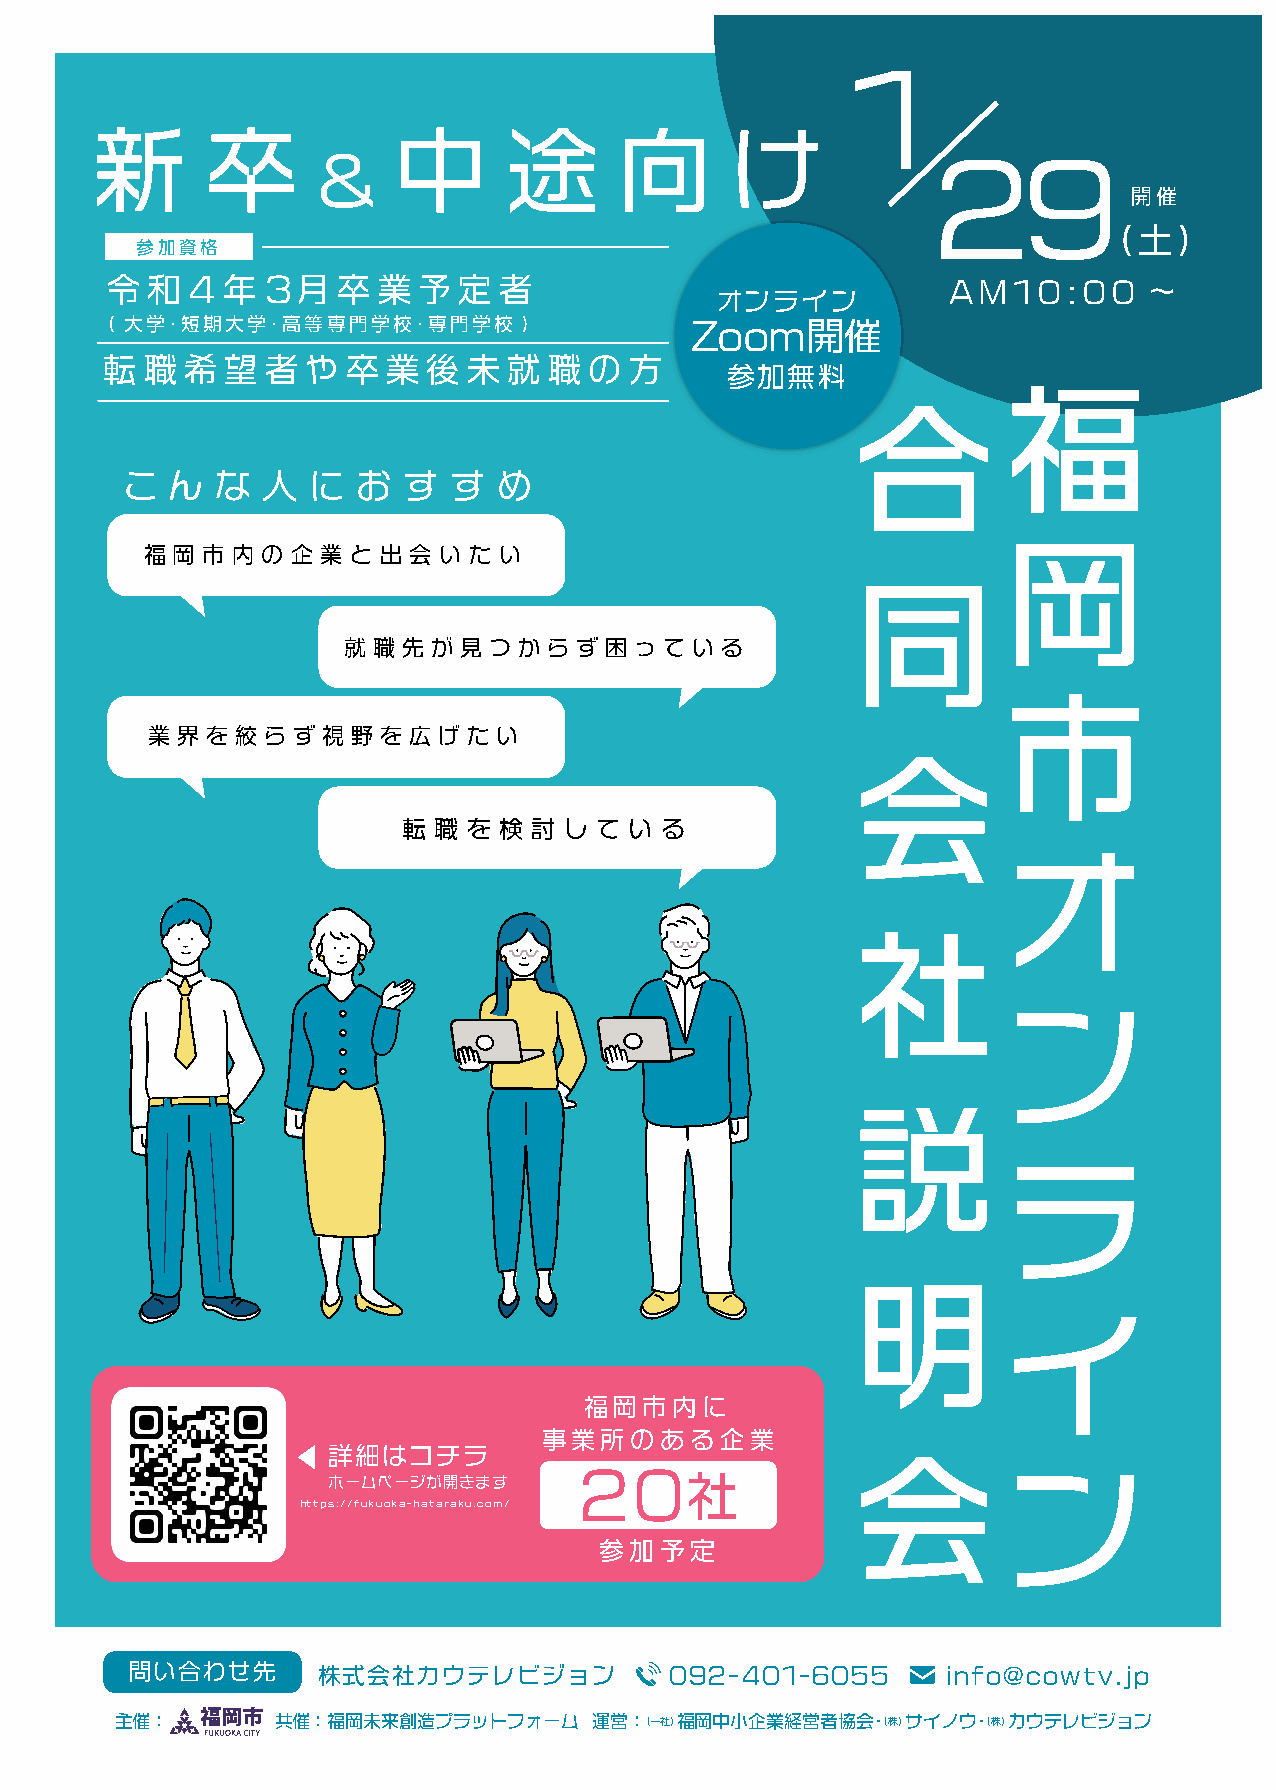
1
 新       卒           中       途      向      け
 ＆
 29
 開催
 (土)
 参加資格
 令  和 4  年3   月 卒  業  予 定  者                             A M 1 0 : 0 0 〜
 オンライン
 ( 大学･短期大学･高等専門学校･専門学校       )          Zoom開催
 転  職 希  望  者 や  卒  業 後  未  就 職  の  方
 参加無料               福
 合
 こ  ん  な  人  に   お  す  す  め
 岡
 福 岡 市 内 の 企 業 と 出 会 い た い
 同
 就 職 先 が 見 つ か ら ず 困 っ て い る
 市
 業 界 を 絞 ら ず 視 野 を 広 げ た い
 会
 転 職 を 検 討 し て  い る
 オ
 社
 ン
 説
 ラ
 明
 イ
 福岡市内に
 事業所のある企業
 会
 詳細はコチラ                                       ン
 ホームページが開きます     20社
 https://fukuoka-hataraku.com/
 参加予定
 問い合わせ先      株式会社カウテレビジョン           092-401-6055       info@cowtv.jp
 主催：       共催：福岡未来創造プラットフォーム    運営：(一社)福岡中小企業経営者協会･(株)サイノウ･(株)カウテレビジョン